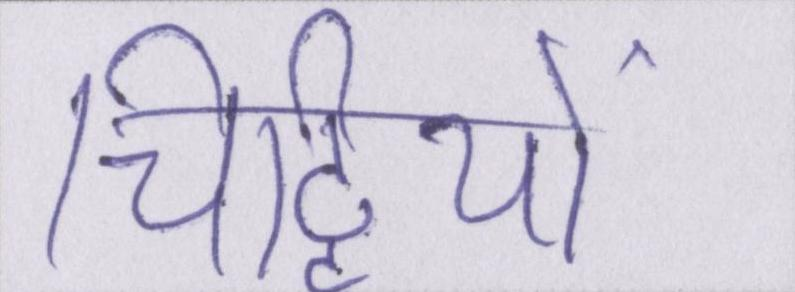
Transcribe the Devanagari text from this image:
चिट्ठियों